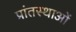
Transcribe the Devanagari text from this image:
प्रांतस्थाओं